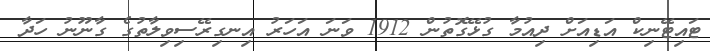
ޓައިޓޭނިކް އަޑިއަށް ދިއުމާ ގުޅޭގޮތުން 1912 ވަނަ އަހަރު އިނގިރޭސިވިލާތުގެ ގާނޫނު ހަދާ